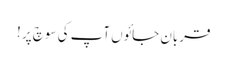
قربان جائوں آپ کی سوچ پر !